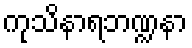
ကုသိနာရဘဏ္ဍနာ